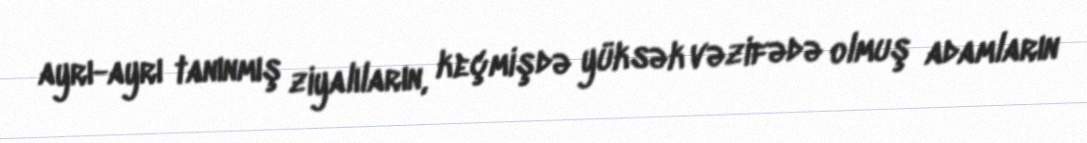
ayrı-ayrı tanınmış ziyalıların, keçmişdə yüksək vəzifədə olmuş adamların